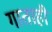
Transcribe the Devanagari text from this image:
गाताही